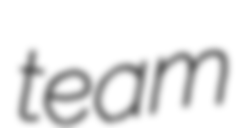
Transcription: team